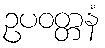
ဥပဝတ္တနံ